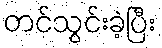
တင်သွင်းခဲ့ပြီး